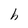
Character: h